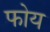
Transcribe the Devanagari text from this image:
फोय